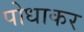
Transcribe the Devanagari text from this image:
पोधाकर